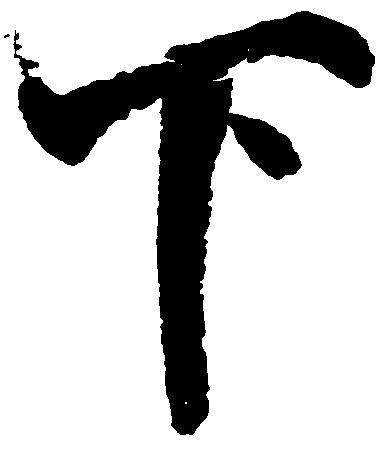
下